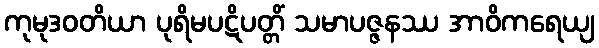
ကုမုဒဝတိယာ ပုရိမပဋိပတ္တိံ သမာပဇ္ဇနဿ အာဝိကရေယျ